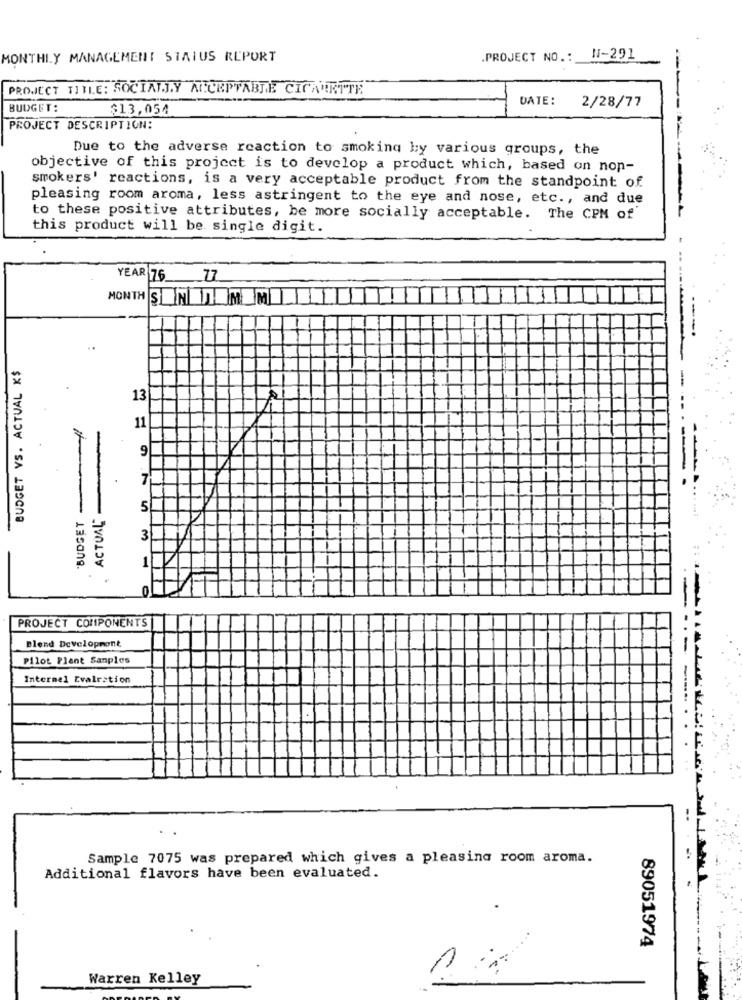
MONTHLY MANAGEMENT STATUS REPORT
.PROJECT NO .: N-291
PROJECT TITLE: SOCIALLY ACCEPTABLE CIGARETTE
DATE:
2/28/77
BUDGET:
$13,054
PROJECT DESCRIPTION:
Due to the adverse reaction to smoking by various groups, the
objective of this project is to develop a product which, based on non-
smokers' reactions, is a very acceptable product from the standpoint of
pleasing room aroma, less astringent to the eye and nose, etc ., and due
to these positive attributes, be more socially acceptable. The CPM of
this product will be single digit.
YEAR 76_ _ Z7
MONTH SENTEMEM!
BUDGET VS. ACTUAL K$
13
11
9
7
If
ACTUAL-
5
'BUDGET
3
0
PROJECT COMPONENTS
Blend Development
Pilot Plant Samples
Intermel Evalration
Sample 7075 was prepared which gives a pleasing room aroma.
Additional flavors have been evaluated.
89051974
Warren Kelley